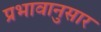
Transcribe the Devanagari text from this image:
प्रभावानुसार